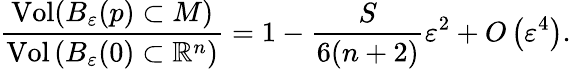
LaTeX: {\frac{\operatorname{Vol}(B_{\varepsilon}(p)\subset M)}{\operatorname{Vol}\left(B_{\varepsilon}(0)\subset{\mathbb{R}}^{n}\right)}}=1-{\frac{S}{6(n+2)}}\varepsilon^{2}+O\left(\varepsilon^{4}\right).